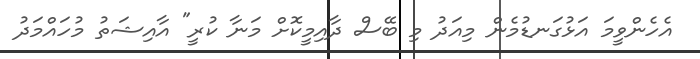
އެހެންވީމަ އަޅުގަނޑުމެން މިއަދު މި ބޭސް ދާއިމީކޮށް މަނާ ކުރީ" އާއިޝަތު މުހައްމަދު